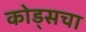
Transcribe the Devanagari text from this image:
कोड्सचा